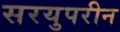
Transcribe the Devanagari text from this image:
सरयुपरीन